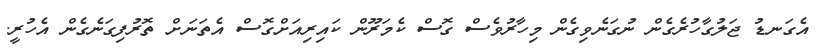
އެގަނޑު ޖަލުގާހުރެގެން ނުގަނެވިގެން މިހާރުވެސް ގޮސް ކެމަރޫން ކައިރިއަށްގޮސް އެތަނަށް ތޮރުފިގަނެގެން އެހުރީ.